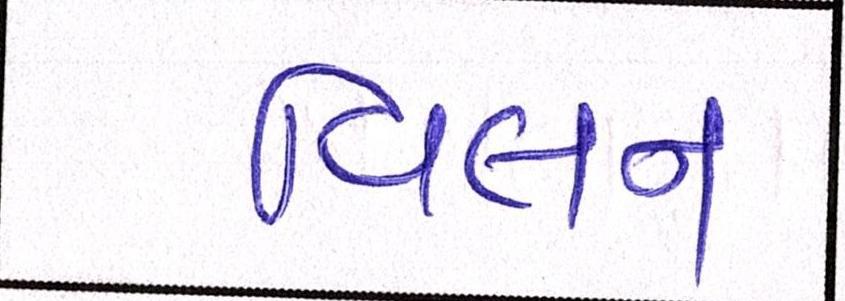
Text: વિલન